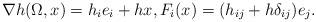
LaTeX: \begin{align*}\nabla h(\Omega,x)=h_{i}e_{i}+hx, F_{i}(x)=(h_{ij}+h\delta_{ij})e_{j}.\end{align*}